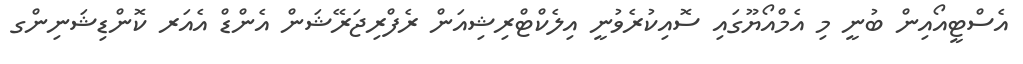
އެސްޓީއޯއިން ބުނީ މި އެމްއޯޔޫގައި ސޮއިކުރެވުނީ އިލެކްޓްރިޝިއަން ރެފްރިޖަރޭޝަން އެންޑް އެއަރ ކޮންޑިޝަނިންގ